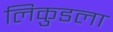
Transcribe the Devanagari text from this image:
लिकुडला